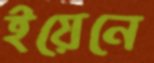
ইয়েনে